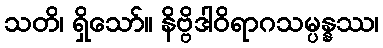
သတိ၊ ရှိသော်။ နိဗ္ဗိဒါဝိရာဂသမ္ပန္နဿ၊